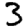
Digit: 3